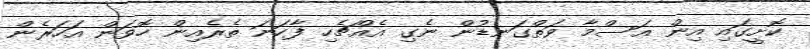
ކޮށީގައި އިން އަސްމާ ވަތްގަނޑުން ނެގި އެއްޗެހި ފާހަނަ ތެރެއިން ހޮވަން އަހަރެން